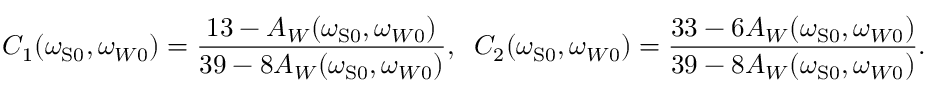
C _ { 1 } ( \omega _ { \mathrm { { S } 0 } } , \omega _ { W 0 } ) = \frac { 1 3 - A _ { W } ( \omega _ { \mathrm { { S } 0 } } , \omega _ { W 0 } ) } { 3 9 - 8 A _ { W } ( \omega _ { \mathrm { { S } 0 } } , \omega _ { W 0 } ) } , \; \; C _ { 2 } ( \omega _ { \mathrm { { S } 0 } } , \omega _ { W 0 } ) = \frac { 3 3 - 6 A _ { W } ( \omega _ { \mathrm { { S } 0 } } , \omega _ { W 0 } ) } { 3 9 - 8 A _ { W } ( \omega _ { \mathrm { { S } 0 } } , \omega _ { W 0 } ) } .